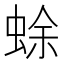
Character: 蜍